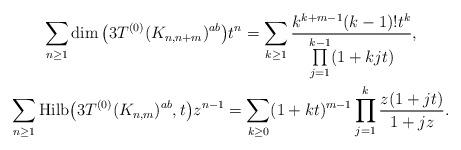
LaTeX: \begin{gather*} \sum_{n \ge 1} \dim\big(3T^{(0)}(K_{n,n+m})^{ab}\big) { t^{n}} = \sum_{k \ge 1}{k^{k+m-1} (k-1) ! t^{k} \over \prod\limits_{j=1}^{k-1} (1+k j t) },\\ \sum_{n \ge 1} {\rm Hilb}\big(3T^{(0)}(K_{n,m})^{ab},t\big) z^{n-1}=\sum_{k \ge 0} (1+k t)^{m-1} \prod_{j=1}^{k} {{z (1+j t) \over 1+j z}}.\end{gather*}